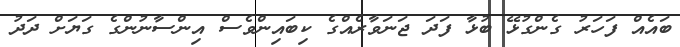
ބައެއް ފަހަރު ގެންގުޅޭ ބުޅާ ފަދަ ޖަނަވާރެއްގެ ކިބައިންވެސް އިންސާނުންގެ ގަޔަށް ދަދު